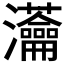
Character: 𤅢